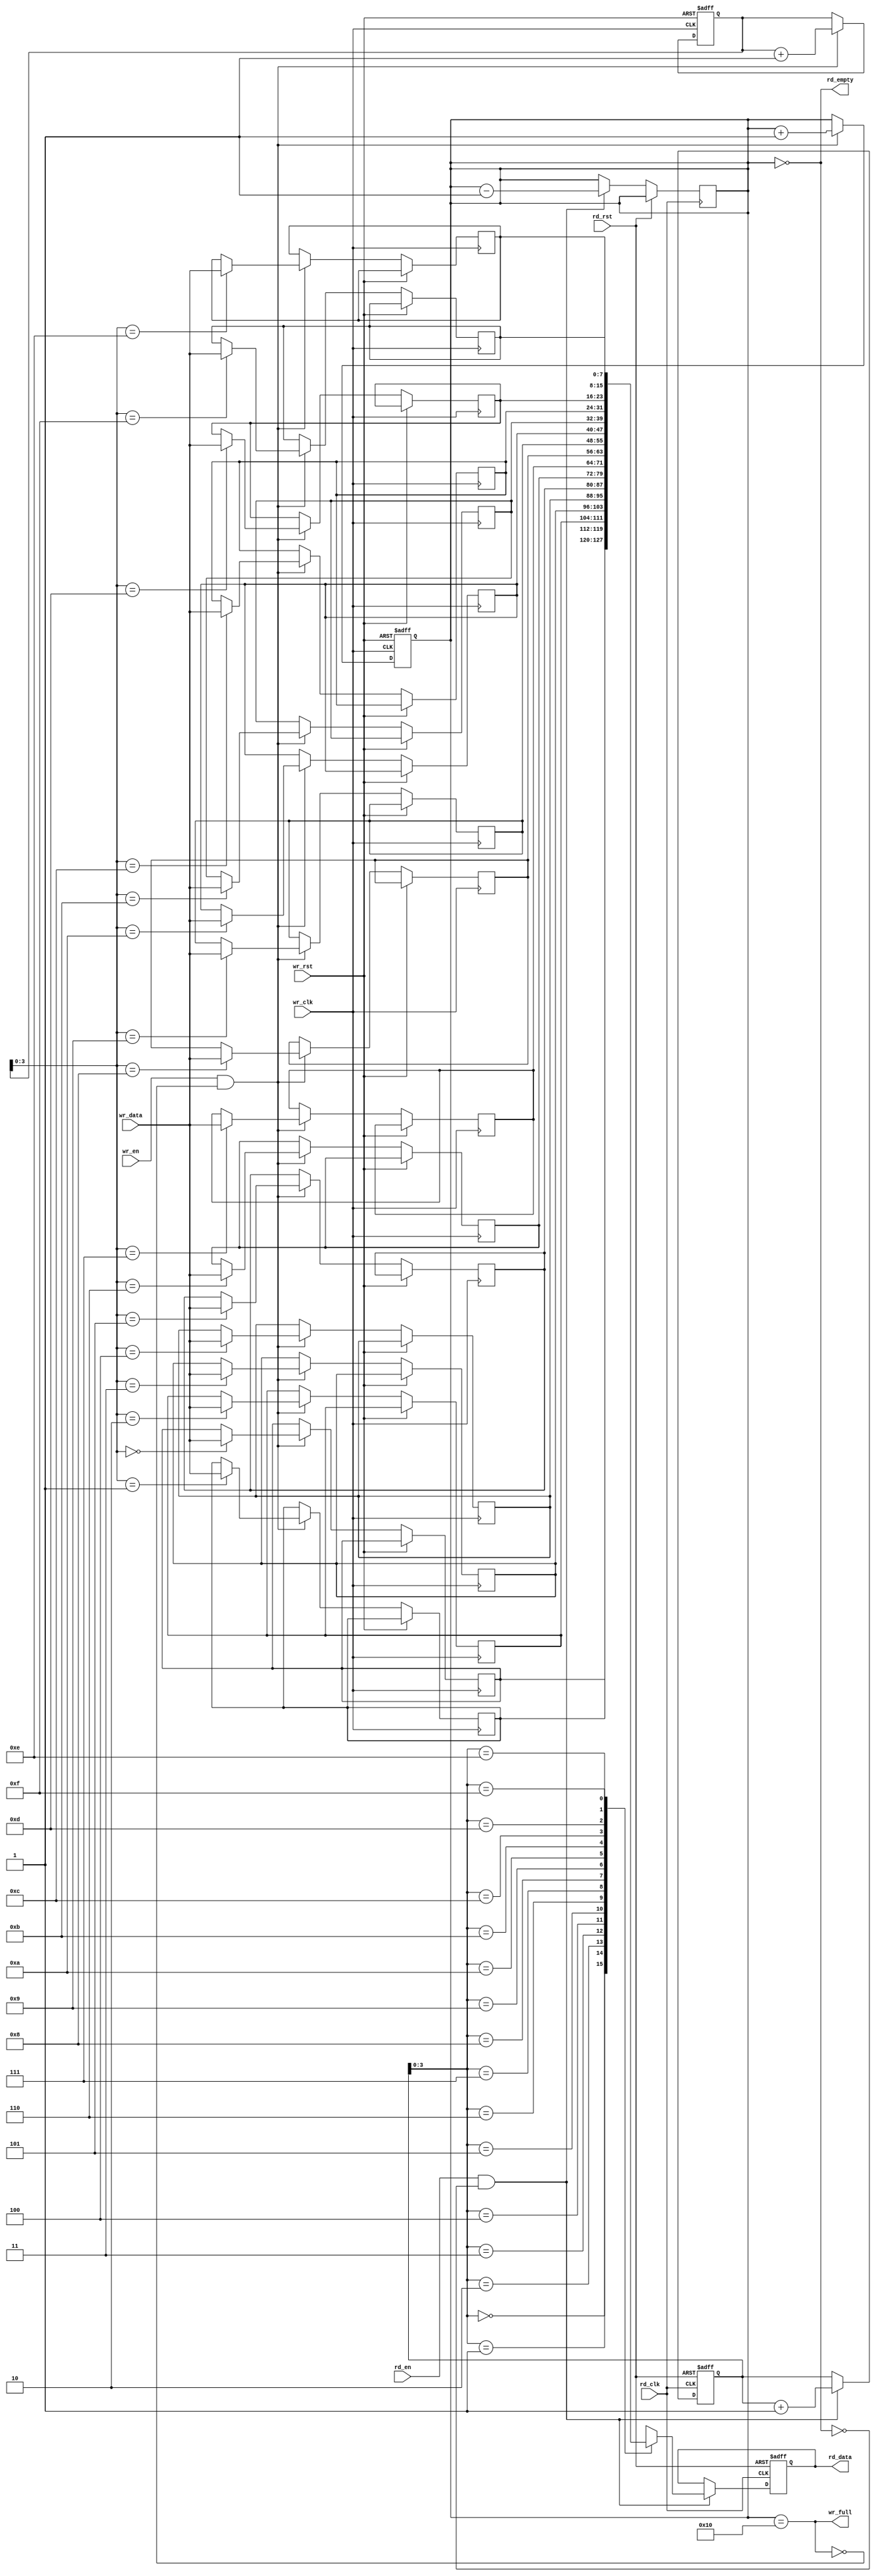
module async_fifo #(
    parameter DATA_WIDTH = 8,   // Width of the data
    parameter FIFO_DEPTH = 16    // Depth of the FIFO (must be a power of 2)
) (
    // Write interface
    input wire wr_clk,           // Write clock
    input wire wr_rst,           // Write reset
    input wire wr_en,            // Write enable
    input wire [DATA_WIDTH-1:0] wr_data, // Data to write
    output wire wr_full,         // FIFO full flag

    // Read interface
    input wire rd_clk,           // Read clock
    input wire rd_rst,           // Read reset
    input wire rd_en,            // Read enable
    output reg [DATA_WIDTH-1:0] rd_data, // Data read
    output wire rd_empty         // FIFO empty flag
);

    // Internal signals
    reg [DATA_WIDTH-1:0] fifo_mem [0:FIFO_DEPTH-1]; // FIFO memory
    reg [4:0] wr_ptr;              // Write pointer
    reg [4:0] rd_ptr;              // Read pointer
    reg [4:0] count;               // Number of entries in FIFO
    
    wire [4:0] wr_ptr_gray;        // Gray code for write pointer
    wire [4:0] rd_ptr_gray;        // Gray code for read pointer

    // Gray code conversion function
    function [4:0] bin2gray;
        input [4:0] bin;
        begin
            bin2gray = {bin[4], bin[4:1] ^ bin[3:0]};
        end
    endfunction

    // Write logic
    always @(posedge wr_clk or posedge wr_rst) begin
        if (wr_rst) begin
            wr_ptr <= 0;
            count <= 0;
        end
        else if (wr_en && !wr_full) begin
            fifo_mem[wr_ptr] <= wr_data;
            wr_ptr <= wr_ptr + 1;
            count <= count + 1;
        end
    end

    // Read logic
    always @(posedge rd_clk or posedge rd_rst) begin
        if (rd_rst) begin
            rd_ptr <= 0;
            rd_data <= 0;
        end
        else if (rd_en && !rd_empty) begin
            rd_data <= fifo_mem[rd_ptr];
            rd_ptr <= rd_ptr + 1;
            count <= count - 1;
        end
    end
    
    // Output full and empty flags
    assign wr_full = (count == FIFO_DEPTH);
    assign rd_empty = (count == 0);
    
    // Pointer management (Gray code for synchronization)
    assign wr_ptr_gray = bin2gray(wr_ptr);
    assign rd_ptr_gray = bin2gray(rd_ptr);

endmodule